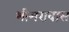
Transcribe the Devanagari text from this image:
भीमरावास